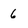
Character: 6